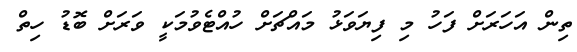
ތިން އަހަރަށް ފަހު މި ފިޔަވަޅު މައްޗަށް ހުއްޓެވުމަކީ ވަރަށް ބޮޑު ހިތް